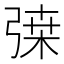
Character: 𢐇